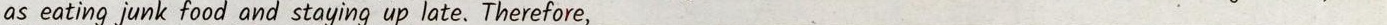
as eating junk food and staying up late. Therefore, ___